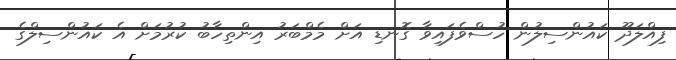
ފިއްލަދޫ ކައުންސިލުން ހުސްވެފައިވާ ގޮނޑި އަށް މެމްބަރު އިންތިހާބު ކުރުމަށް އެ ކައުންސިލްގެ